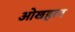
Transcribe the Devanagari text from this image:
ओखहरन